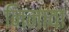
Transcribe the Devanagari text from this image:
निनावा